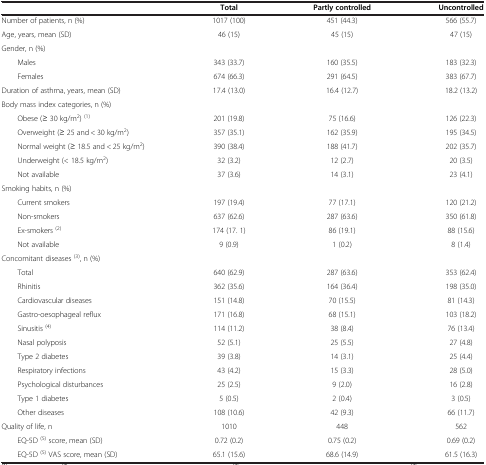
<table><thead><tr><td><b> </b></td><td><b>Total</b></td><td><b>Partly controlled</b></td><td><b>Uncontrolled</b></td></tr></thead><tbody><tr><td>Number of patients, n (%)</td><td>1017 (100)</td><td>451 (44.3)</td><td>566 (55.7)</td></tr><tr><td>Age, years, mean (SD)</td><td>46 (15)</td><td>45 (15)</td><td>47 (15)</td></tr><tr><td>Gender, n (%)</td><td> </td><td> </td><td> </td></tr><tr><td>Males</td><td>343 (33.7)</td><td>160 (35.5)</td><td>183 (32.3)</td></tr><tr><td>Females</td><td>674 (66.3)</td><td>291 (64.5)</td><td>383 (67.7)</td></tr><tr><td>Duration of asthma, years, mean (SD)</td><td>17.4 (13.0)</td><td>16.4 (12.7)</td><td>18.2 (13.2)</td></tr><tr><td>Body mass index categories, n (%)</td><td> </td><td> </td><td> </td></tr><tr><td>Obese (≥ 30 kg/m<sup>2</sup>) <sup>(1)</sup></td><td>201 (19.8)</td><td>75 (16.6)</td><td>126 (22.3)</td></tr><tr><td>Overweight (≥ 25 and &lt; 30 kg/m<sup>2</sup>)</td><td>357 (35.1)</td><td>162 (35.9)</td><td>195 (34.5)</td></tr><tr><td>Normal weight (≥ 18.5 and &lt; 25 kg/m<sup>2</sup>)</td><td>390 (38.4)</td><td>188 (41.7)</td><td>202 (35.7)</td></tr><tr><td>Underweight (&lt; 18.5 kg/m<sup>2</sup>)</td><td>32 (3.2)</td><td>12 (2.7)</td><td>20 (3.5)</td></tr><tr><td>Not available</td><td>37 (3.6)</td><td>14 (3.1)</td><td>23 (4.1)</td></tr><tr><td>Smoking habits, n (%)</td><td> </td><td> </td><td> </td></tr><tr><td>Current smokers</td><td>197 (19.4)</td><td>77 (17.1)</td><td>120 (21.2)</td></tr><tr><td>Non-smokers</td><td>637 (62.6)</td><td>287 (63.6)</td><td>350 (61.8)</td></tr><tr><td>Ex-smokers <sup>(2)</sup></td><td>174 (17. 1)</td><td>86 (19.1)</td><td>88 (15.6)</td></tr><tr><td>Not available</td><td>9 (0.9)</td><td>1 (0.2)</td><td>8 (1.4)</td></tr><tr><td>Concomitant diseases <sup>(3)</sup>, n (%)</td><td> </td><td> </td><td> </td></tr><tr><td>Total</td><td>640 (62.9)</td><td>287 (63.6)</td><td>353 (62.4)</td></tr><tr><td>Rhinitis</td><td>362 (35.6)</td><td>164 (36.4)</td><td>198 (35.0)</td></tr><tr><td>Cardiovascular diseases</td><td>151 (14.8)</td><td>70 (15.5)</td><td>81 (14.3)</td></tr><tr><td>Gastro-oesophageal reflux</td><td>171 (16.8)</td><td>68 (15.1)</td><td>103 (18.2)</td></tr><tr><td>Sinusitis <sup>(4)</sup></td><td>114 (11.2)</td><td>38 (8.4)</td><td>76 (13.4)</td></tr><tr><td>Nasal polyposis</td><td>52 (5.1)</td><td>25 (5.5)</td><td>27 (4.8)</td></tr><tr><td>Type 2 diabetes</td><td>39 (3.8)</td><td>14 (3.1)</td><td>25 (4.4)</td></tr><tr><td>Respiratory infections</td><td>43 (4.2)</td><td>15 (3.3)</td><td>28 (5.0)</td></tr><tr><td>Psychological disturbances</td><td>25 (2.5)</td><td>9 (2.0)</td><td>16 (2.8)</td></tr><tr><td>Type 1 diabetes</td><td>5 (0.5)</td><td>2 (0.4)</td><td>3 (0.5)</td></tr><tr><td>Other diseases</td><td>108 (10.6)</td><td>42 (9.3)</td><td>66 (11.7)</td></tr><tr><td>Quality of life, n</td><td>1010</td><td>448</td><td>562</td></tr><tr><td>EQ-5D <sup>(5)</sup> score, mean (SD)</td><td>0.72 (0.2)</td><td>0.75 (0.2)</td><td>0.69 (0.2)</td></tr><tr><td>EQ-5D <sup>(5)</sup> VAS score, mean (SD)</td><td>65.1 (15.6)</td><td>68.6 (14.9)</td><td>61.5 (16.3)</td></tr></tbody></table>